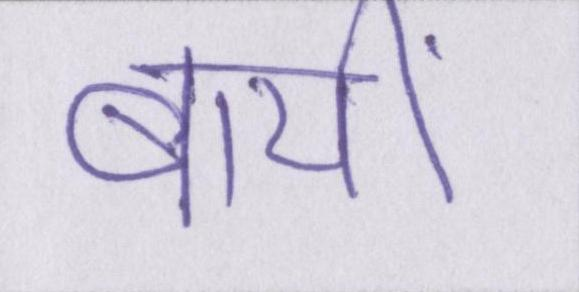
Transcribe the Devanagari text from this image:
बायीं